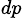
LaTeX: _{dp}